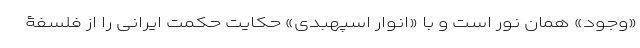
«وجود» همان نور است و با «انوار اسپهبدی» حکایت حکمت ایرانی را از فلسفۀ